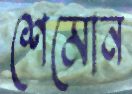
শেমোন